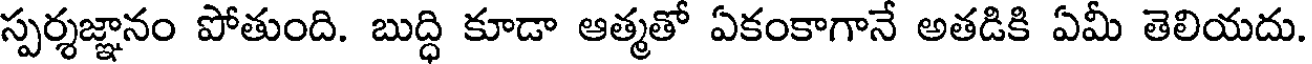
స్పర్శజ్ఞానం పోతుంది. బుద్ధి కూడా ఆత్మతో ఏకంకాగానే అతడికి ఏమీ తెలియదు.